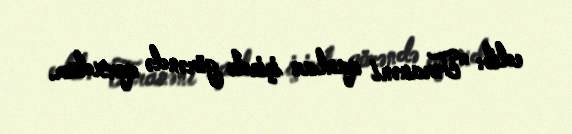
edib: "Təranəni qanlar içində görəndə qorxdum.